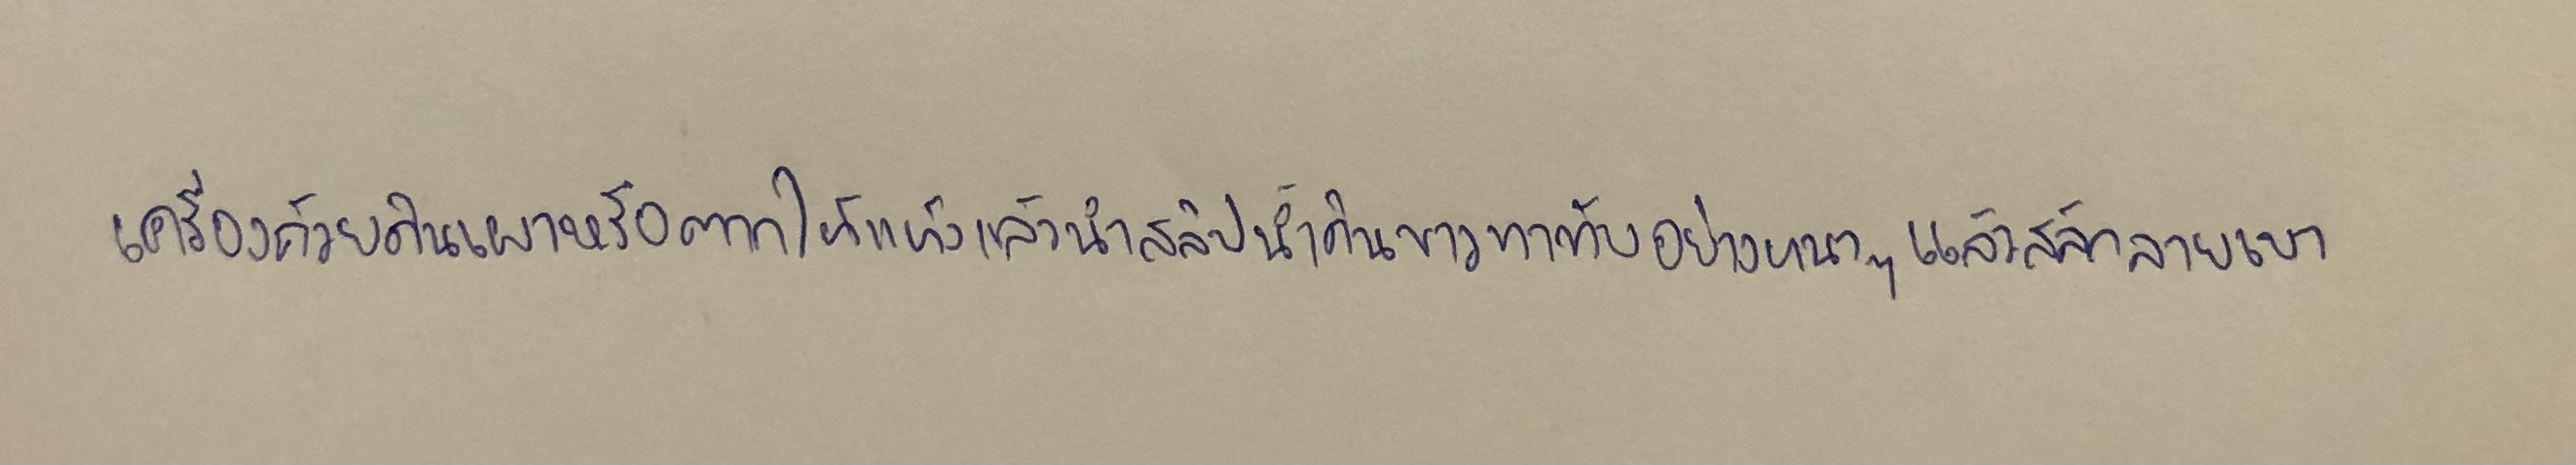
-เครื่องถ้วยดินเผาหรือตากให้แห้งแล้วนำสลิปน้ำดินขาวทาทับอย่างหนาๆแล้วสลักลายเบา